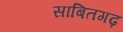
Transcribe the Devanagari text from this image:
साबितगढ़